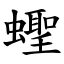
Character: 蟶